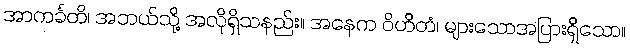
အာကင်္ခတိ၊ အဘယ်သို့ အလိုရှိသနည်း။ အနေက ဝိဟိတံ၊ များသောအပြားရှိသော။